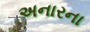
અનારના